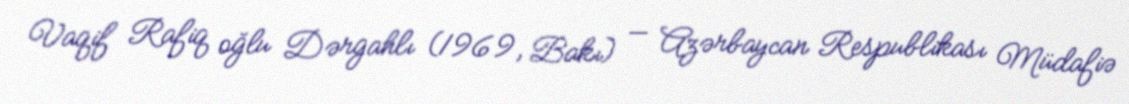
Vaqif Rafiq oğlu Dərgahlı (1969, Bakı) — Azərbaycan Respublikası Müdafiə